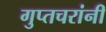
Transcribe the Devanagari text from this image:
गुप्तचरांनी